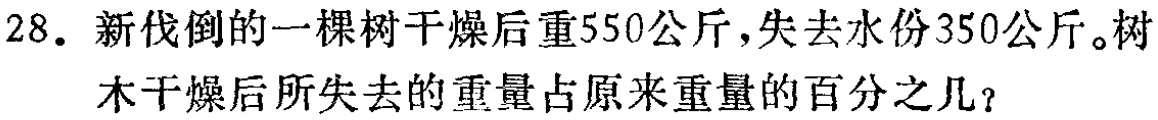
28. 新伐倒的一棵树干燥后重550公斤，失去水份350公斤。树木干燥后所失去的重量占原来重量的百分之几？